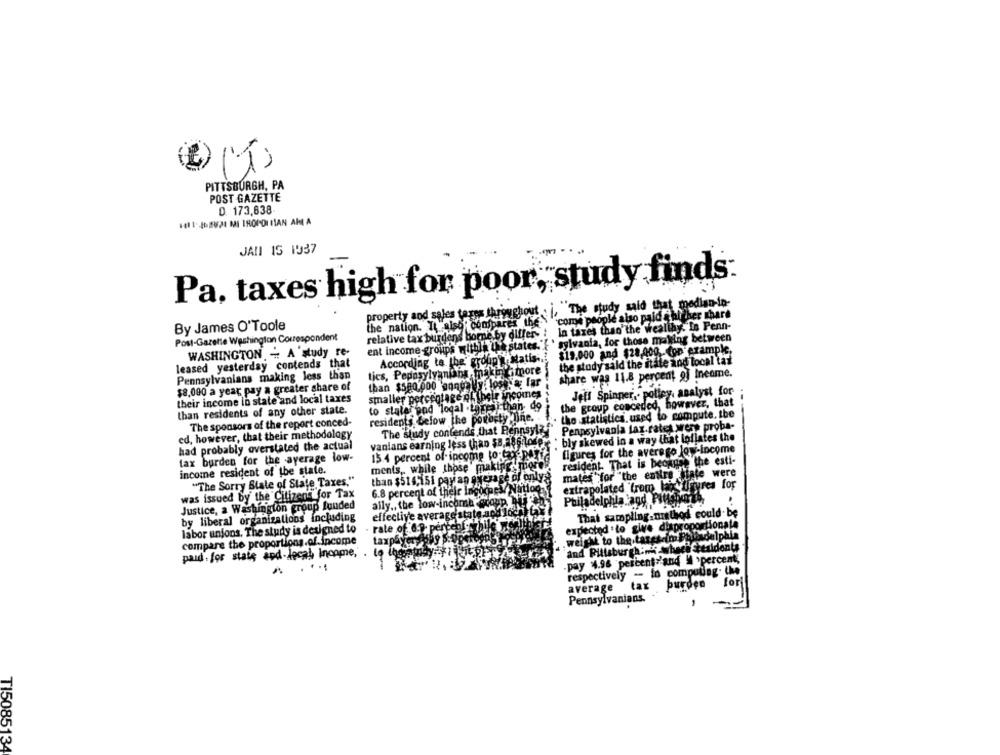
(1)
PITTSBURGH, PA
POST GAZETTE
D. 173,838
JALI 15 1937
Pa, taxes high for poor, study finds:
The study said that median-in-
property and sales taxes throughout
`come people also paid a higher share
the nation. It also compares the
By James O'Toole
In taxes than the wealthy. In Penn-
Post-Gazette Washington Correspondent
relative tax burdens borne by differ-
sylvania, for those making between
ent income groups withlk the states.
WASHINGTON - A'study re-
$19.000 and $28,000, - fon example,
leased yesterday contends that
According to the group's Matis ...
the study said the itate and local tat
tics, Pepasylvanians making more
Pennsylvanians making less than
share was 11.8 percent of Income.
$8,000 a year pay a greater share of
than $500.000 songaly: losejag far
Jeff Spinner ,. polley, analyst for
their income lo state and local taxes
smaller percentage of their incomes
to state and local .tarea
Hei-than- do
the group conceded, however, that
than residents of any other state.
the statistics. used to compute. the
The sponsors of the report conced-
residents below the powerty Dine.
The study contends that Pennsyl?
Pennsylvania lax.rates were proba-
ed, however, that their methodology
"bly skewed in a way that loflates the
had probably overstated the actual
vanlans earning less than $8.286 logp.
figures for the averego Jow-income
tax burden for the average low-
15.4 percent of incomp to taxaper
resident- That is because the esti-
ments, while those making more!
income resident of the state.
than $516,151 pay an average of onlya
mates for "the entire state were
"The Sorry State of State Taxes,"
6.8 percent of their Income / Nation
extrapolated from laitayres for
was issued by the Citizens for Tax
Justice, a Washington group funded
ally ., the low-income @coup
Philadelphia and Pittshortb.
effective average state.acht 1621
That sampling nisthod could be
by liberal organizations including
labor unions. The study is designed to
- rate of. 6.9 percebi
expected to give disproportionate
weight to the.targs-im Poladelphia
compare the proportions.of income
and Pittsburgh:mi wheel tesidonts
paid for state and local Income ,. to logaby I Vit ??
pay 4.96 percent 'and M >percent;
. ...
respectively - to computing. the
average
tax burden
fori
Pennsylvanians.
TI5085134